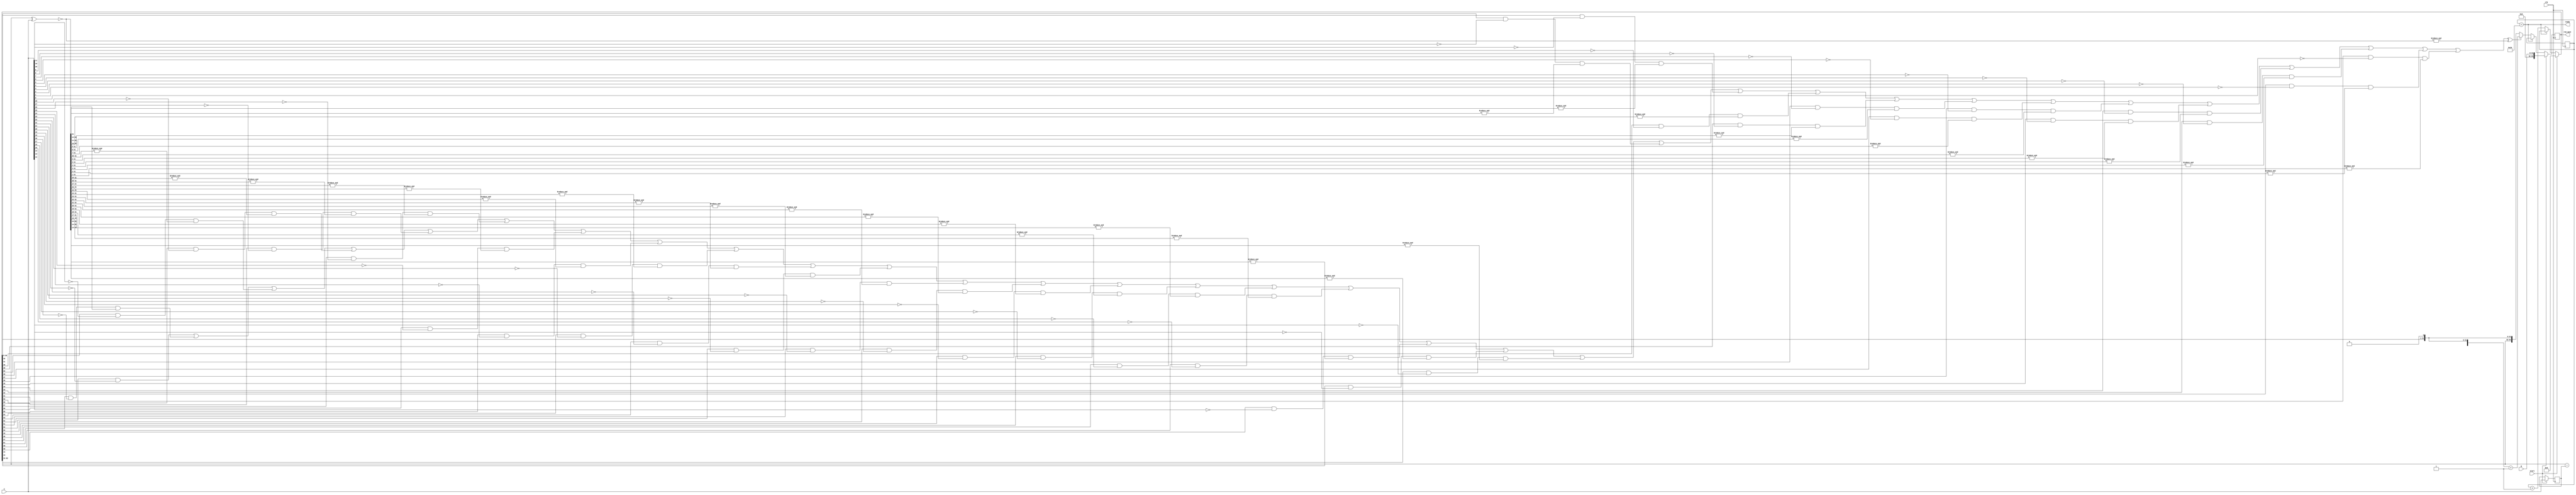
`timescale 1ns/1ns
module unsigned_divider //calculate B/A
(
   input clk,  
   input start,
   input [31:0] A, 
   input [31:0] B, 
   output reg [63:0] rem_quot,
   output ready
    ); 

//-----------------------Register deceleration
reg [31:0] divisor;
reg [32:0] counter;


//------------------------Wire deceleration
wire [31:0] sub_output;
wire sub_write_enable;
wire [63:0]rem_quot_shift;
wire [31:0]rem_quot_shift_half;
wire rem_quot_shift_half_eq_A;
wire rem_quot_shift_half_gt_A;
wire rem_quot_shift_half_lt_A;
wire [31:0]C;

//-----------------------assignments(combinational logic)
//-----------------------comparator unit

/*assign BeqA = &C; 
assign BgtA = (B[31]&(~A[31])) | (B[30]&(~A[30]))&C[31] | (B[29]&(~A[29]))&(&C[31:30]) | (B[28]&(~A[28]))&(&C[31:29]) | (B[27]&(~A[27]))&(&C[31:28]) | (B[26]&(~A[26]))&(&C[31:27]) | (B[25]&(~A[25]))&(&C[31:26]) | (B[24]&(~A[24]))&(&C[31:25]) | (B[23]&(~A[23]))&(&C[31:24]) | (B[22]&(~A[22]))&(&C[31:23]) | (B[21]&(~A[21]))&(&C[31:22]) | (B[20]&(~A[20]))&(&C[31:21]) | (B[19]&(~A[19]))&(&C[31:20]) | (B[18]&(~A[18]))&(&C[31:19]) | (B[17]&(~A[17]))&(&C[31:18]) | (B[16]&(~A[16]))&(&C[31:17]) | (B[15]&(~A[15]))&(&C[31:16]) | (B[14]&(~A[14]))&(&C[31:15]) | (B[13]&(~A[13]))&(&C[31:14]) | (B[12]&(~A[12]))&(&C[31:13]) | (B[11]&(~A[11]))&(&C[31:12]) | (B[10]&(~A[10]))&(&C[31:11]) | (B[9]&(~A[9]))&(&C[31:10]) | (B[8]&(~A[8]))&(&C[31:9]) | (B[7]&(~A[7]))&(&C[31:8]) | (B[6]&(~A[6]))&(&C[31:7]) | (B[5]&(~A[5]))&(&C[31:6]) | (B[4]&(~A[4]))&(&C[31:5]) | (B[3]&(~A[3]))&(&C[31:4]) | (B[2]&(~A[2]))&(&C[31:3]) | (B[1]&(~A[1]))&(&C[31:2]) | (B[0]&(~A[0]))&(&C[31:1]);
assign BltA = ~(BeqA ^ BgtA);*/  
assign rem_quot_shift = rem_quot << 1;
assign rem_quot_shift_half = rem_quot_shift[63:32];
//-----------------------comparator unit
assign C = ~(rem_quot_shift_half ^ A);
assign rem_quot_shift_half_eq_A = &C;
assign rem_quot_shift_half_gt_A = (rem_quot_shift_half[31]&(~A[31])) | (rem_quot_shift_half[30]&(~A[30]))&C[31] | (rem_quot_shift_half[29]&(~A[29]))&(&C[31:30]) | (rem_quot_shift_half[28]&(~A[28]))&(&C[31:29]) | (rem_quot_shift_half[27]&(~A[27]))&(&C[31:28]) | (rem_quot_shift_half[26]&(~A[26]))&(&C[31:27]) | (rem_quot_shift_half[25]&(~A[25]))&(&C[31:26]) | (rem_quot_shift_half[24]&(~A[24]))&(&C[31:25]) | (rem_quot_shift_half[23]&(~A[23]))&(&C[31:24]) | (rem_quot_shift_half[22]&(~A[22]))&(&C[31:23]) | (rem_quot_shift_half[21]&(~A[21]))&(&C[31:22]) | (rem_quot_shift_half[20]&(~A[20]))&(&C[31:21]) | (rem_quot_shift_half[19]&(~A[19]))&(&C[31:20]) | (rem_quot_shift_half[18]&(~A[18]))&(&C[31:19]) | (rem_quot_shift_half[17]&(~A[17]))&(&C[31:18]) | (rem_quot_shift_half[16]&(~A[16]))&(&C[31:17]) | (rem_quot_shift_half[15]&(~A[15]))&(&C[31:16]) | (rem_quot_shift_half[14]&(~A[14]))&(&C[31:15]) | (rem_quot_shift_half[13]&(~A[13]))&(&C[31:14]) | (rem_quot_shift_half[12]&(~A[12]))&(&C[31:13]) | (rem_quot_shift_half[11]&(~A[11]))&(&C[31:12]) | (rem_quot_shift_half[10]&(~A[10]))&(&C[31:11]) | (rem_quot_shift_half[9]&(~A[9]))&(&C[31:10]) | (rem_quot_shift_half[8]&(~A[8]))&(&C[31:9]) | (rem_quot_shift_half[7]&(~A[7]))&(&C[31:8]) | (rem_quot_shift_half[6]&(~A[6]))&(&C[31:7]) | (rem_quot_shift_half[5]&(~A[5]))&(&C[31:6]) | (rem_quot_shift_half[4]&(~A[4]))&(&C[31:5]) | (rem_quot_shift_half[3]&(~A[3]))&(&C[31:4]) | (rem_quot_shift_half[2]&(~A[2]))&(&C[31:3]) | (rem_quot_shift_half[1]&(~A[1]))&(&C[31:2]) | (rem_quot_shift_half[0]&(~A[0]))&(&C[31:1]);
assign rem_quot_shift_half_lt_A = ~(rem_quot_shift_half_gt_A ^ rem_quot_shift_half_eq_A);

assign sub_output = rem_quot_shift_half - divisor;
assign sub_write_enable = rem_quot_shift_half_lt_A;
//assign ready = (BltA==1) ? (counter==32) : (B[31]==1 || A==1) ? (counter == 40) : (counter == 60);
assign ready = (counter == 32);
//-------------------------sequential logic
always @(posedge clk)
  
  if(start) begin
    divisor <= A;
    rem_quot <= {32'h0000 , B };
    counter <= 32'h0000;
  end
  
  else if(!ready) begin
    counter <= counter + 1;
    if(sub_write_enable==1)
      rem_quot <= rem_quot << 1 ;
    if(sub_write_enable==0) begin
       rem_quot <= {sub_output , rem_quot_shift[31:0]} + 1;
    end
  end

endmodule